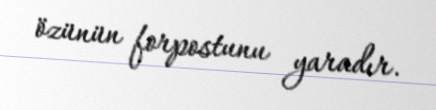
özünün forpostunu yaradır.